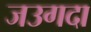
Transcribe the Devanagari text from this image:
जउगदा